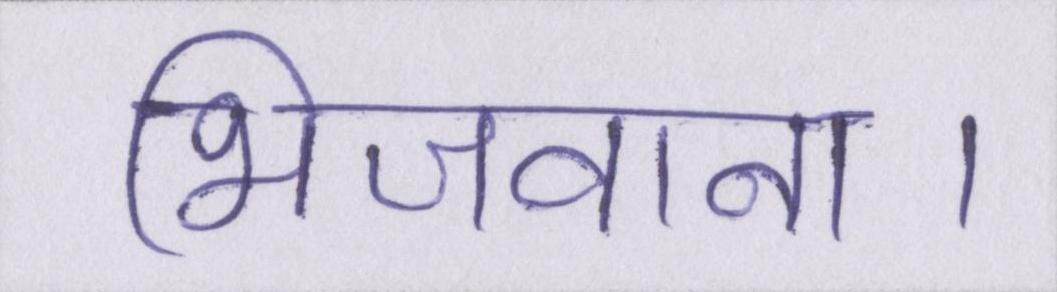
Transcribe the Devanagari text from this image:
भिजवाना।